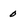
Character: 0